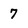
Character: 7